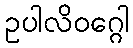
ဥပါလိဝဂ္ဂေါ